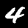
Digit: 4